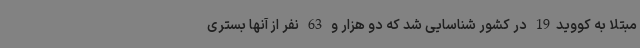
مبتلا به کووید19 در کشور شناسایی شد که دو هزار و 63 نفر از آنها بستری